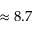
\approx 8 . 7